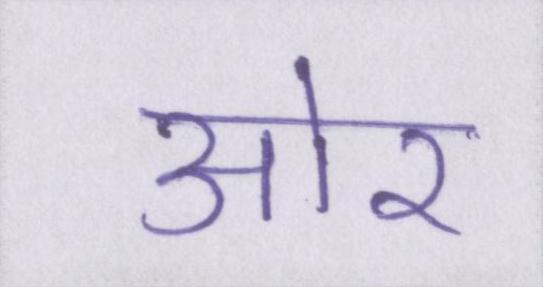
आ॓र